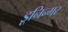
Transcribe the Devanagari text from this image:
डूनिन्गर